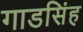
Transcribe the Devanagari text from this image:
गाडसिंह